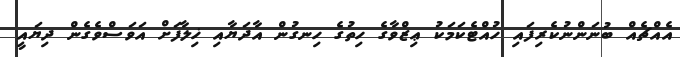
އެއްޗެއް ބުނަންނުކެރިފައި ހުއްޓެކަމަކު ޢިޒްވާގެ ހިތުގެ ހިނގުން އާދަޔާއި ޚިލާފަށް އަވަސްވެގެން ދިޔައީ